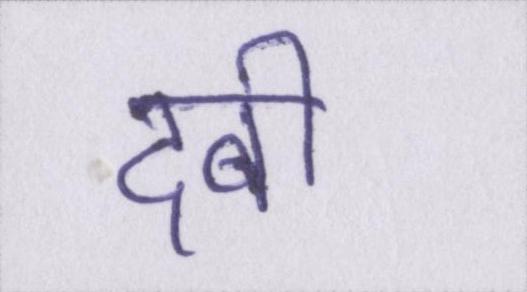
दबी